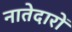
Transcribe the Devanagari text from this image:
नातेदारों